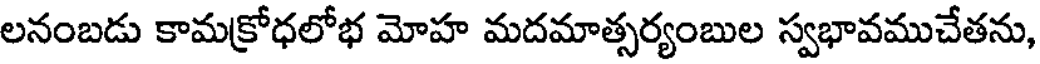
లనంబడు కామక్రోధలోభ మోహ మదమాత్సర్యంబుల స్వభావముచేతను,